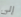
إلى